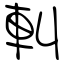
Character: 䡂